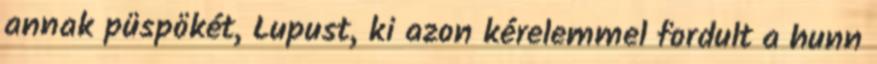
annak püspökét, Lupust, ki azon kérelemmel fordult a hunn